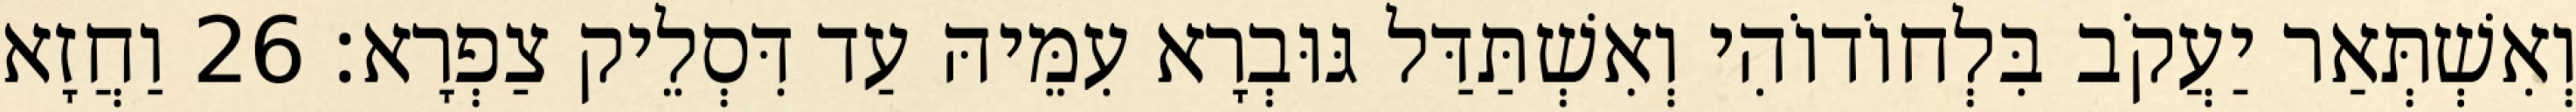
וְאִשְׁתְּאַר יַעֲקֹב בִּלְחוֹדוֹהִי וְאִשְׁתַּדַּל גּוּבְרָא עִמֵּיהּ עַד דִּסְלֵיק צַפְרָא׃ 26 וַחֲזָא